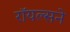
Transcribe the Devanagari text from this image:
रॉयल्सने